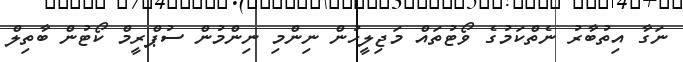
ނަގާ އިތުބާރު ނެތްކަމުގެ ވޯޓުތައް މަޖިލީހުން ނިންމި ނިންމުން ސުޕްރީމް ކޯޓުން ބާތިލް